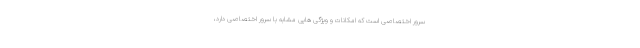
سرور اختصاصی است که امکانات و ویژگی هایی مشابه با سرور اختصاصی دارد،